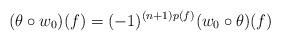
LaTeX: \begin{align*}(\theta\circ w_0)(f)=(-1)^{(n+1)p(f)}(w_0\circ\theta)(f)\end{align*}